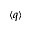
\langle q \rangle